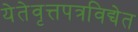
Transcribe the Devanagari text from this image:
येतेवृत्तपत्रविद्येत